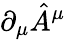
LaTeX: \partial_{\mu}{\hat{A}}^{\mu}